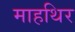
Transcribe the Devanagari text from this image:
माहथिर